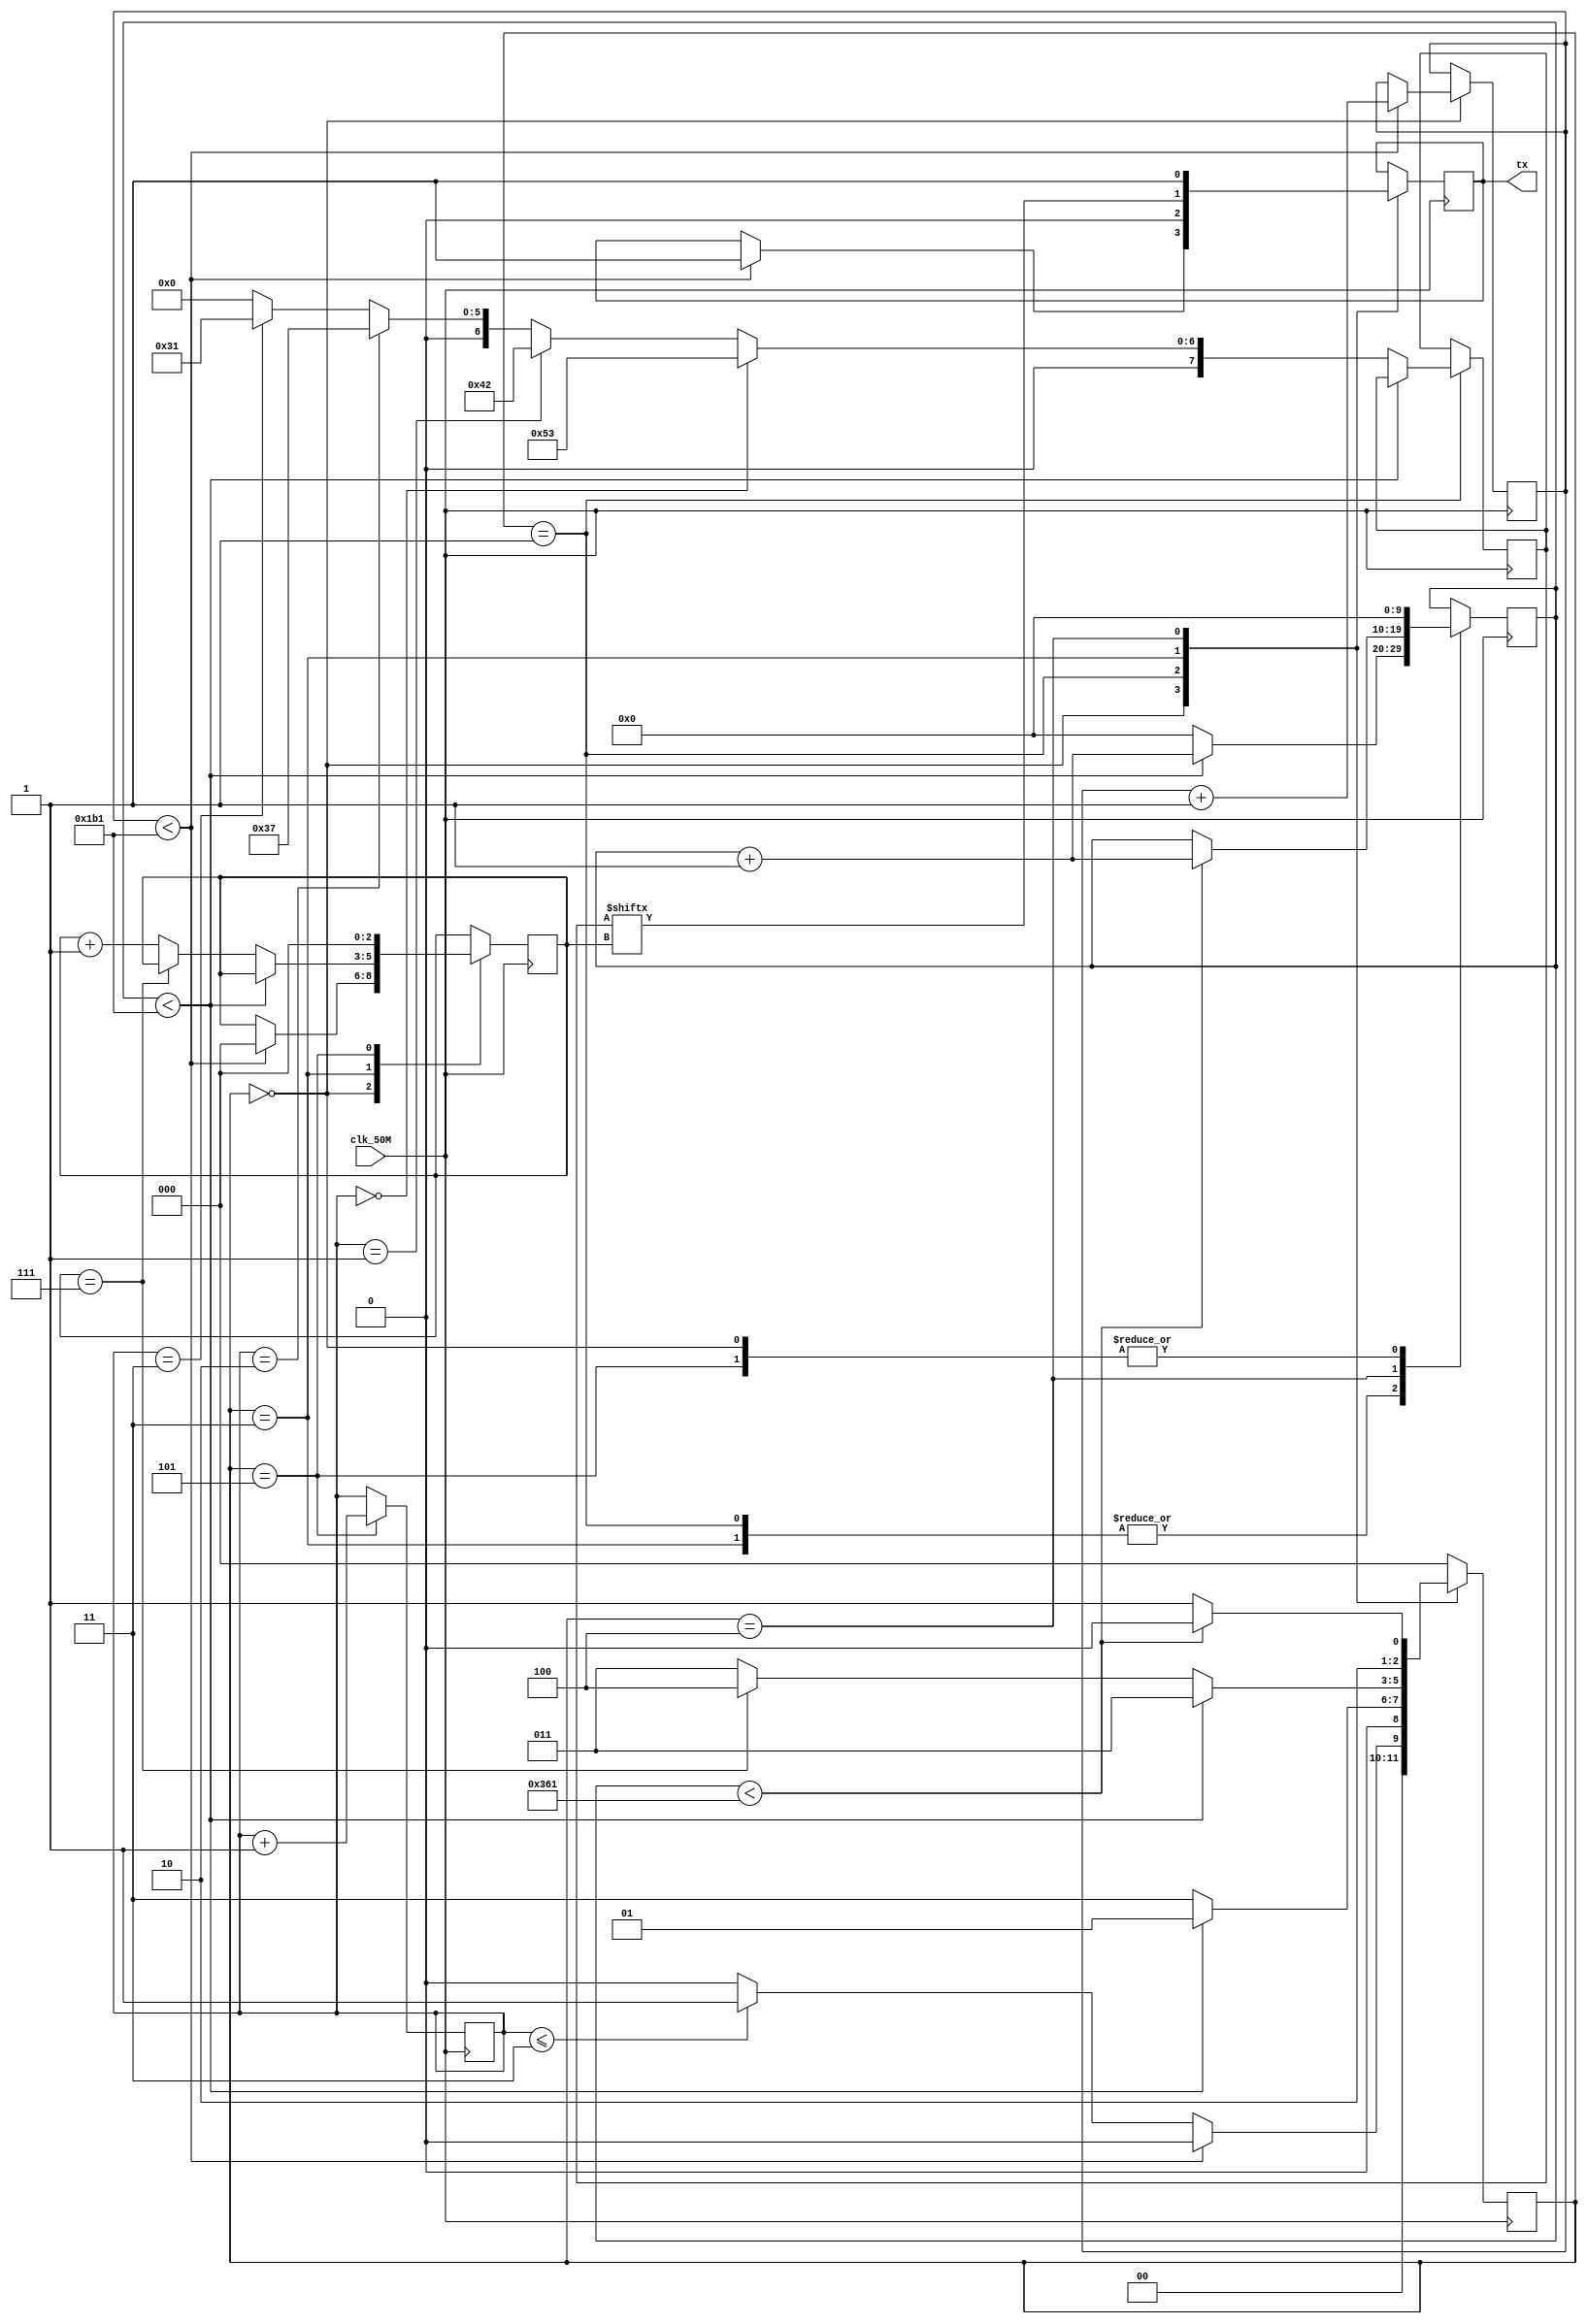
// SB : Task 2 B : UART
/*
Instructions
-------------------
Students are not allowed to make any changes in the Module declaration.
This file is used to design UART Transmitter.

Recommended Quartus Version : 19.1
The submitted project file must be 19.1 compatible as the evaluation will be done on Quartus Prime Lite 19.1.

Warning: The error due to compatibility will not be entertained.
-------------------
*/

//UART Transmitter design
//Input   : clk_50M : 50 MHz clock
//Output  : tx : UART transmit output

//////////////////DO NOT MAKE ANY CHANGES IN MODULE//////////////////
module uart(
	input clk_50M,	//50 MHz clock
	output tx		//UART transmit output
);
////////////////////////WRITE YOUR CODE FROM HERE////////////////////
parameter IDLE=3'b000;
parameter tx_start_bit=3'b001;
parameter tx_data_bit=3'b011;
parameter tx_stop_bit=3'b100;
parameter cleanup=3'b101;
parameter clks_per_bit=434;

reg counter=0;
reg[2:0]r_state=IDLE;
reg[9:0]r_clock_count=0;
reg[9:0]r_clock_count1=0;
reg[2:0]r_bit_index=0;
reg[7:0]r_data_bits=0;
reg[2:0]next=3'b000;

reg tx_serial;

always@(posedge clk_50M)
begin
case(r_state)
IDLE:
	begin
		r_clock_count=0;
		if(r_clock_count1<clks_per_bit-1)
		begin
		r_clock_count1<=r_clock_count1+1'b1;
		r_state<=IDLE;
		
		r_bit_index=0;
		tx_serial<=1'b1;
		end
		else if(next<=3)
		begin
		r_state<=tx_start_bit;
		end
		else 
		r_state<=IDLE;
		end

tx_start_bit:
	begin 
		tx_serial<=0;
		if(r_clock_count<clks_per_bit-1)
		begin
			r_clock_count<=r_clock_count+1'b1;
			r_state<=tx_start_bit;
			end
			else
			begin
			r_clock_count<=0;
			r_state<=tx_data_bit;
			if(next==0)r_data_bits=8'b01010011;
			else if(next==1)r_data_bits=8'b01000010;
			else if(next==2)r_data_bits=8'b00110111;
			else if(next==3)r_data_bits=8'b00110001;
			else r_data_bits=0;
			end
			end
			
tx_data_bit:
	begin
		tx_serial<=r_data_bits[r_bit_index];
		if(r_clock_count<clks_per_bit-1)
		begin
			r_clock_count<=r_clock_count+1'b1;
			r_state<=tx_data_bit;
		end
		else 
		begin
			if(r_bit_index==7)
			begin
				r_clock_count<=0;
				r_state<=tx_stop_bit;
			end
			else
			begin
				r_clock_count<=0;
				r_state<=tx_data_bit;
				r_bit_index<=r_bit_index+1'b1;
			end
			end
			end
tx_stop_bit:
	begin
	tx_serial<=1;
	if(r_clock_count<2*(clks_per_bit)-3)
	begin
		r_clock_count<=r_clock_count+1'b1;
		r_state<=tx_stop_bit;
	end
	else 
	begin
	r_state<=cleanup;
	end
	end

cleanup:
	begin
		r_clock_count<=0;
		r_bit_index<=0;
		r_state<=IDLE;
		next=next+1'b1;
	end
default:
	begin
		r_state<=IDLE;
		end
endcase


end
		assign tx=tx_serial;
		




////////////////////////YOUR CODE ENDS HERE//////////////////////////
endmodule
///////////////////////////////MODULE ENDS///////////////////////////